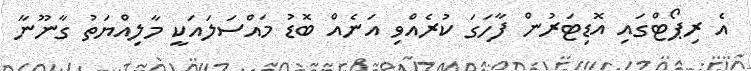
އެ ރިޕޯޓްގައި އޮޑިޓަރުން ފާހަގަ ކުރެއްވި އަނެއް ބޮޑު މައްސަލައަކީ މާލިއްޔަތު ގާނޫނާ